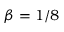
\beta = 1 / 8